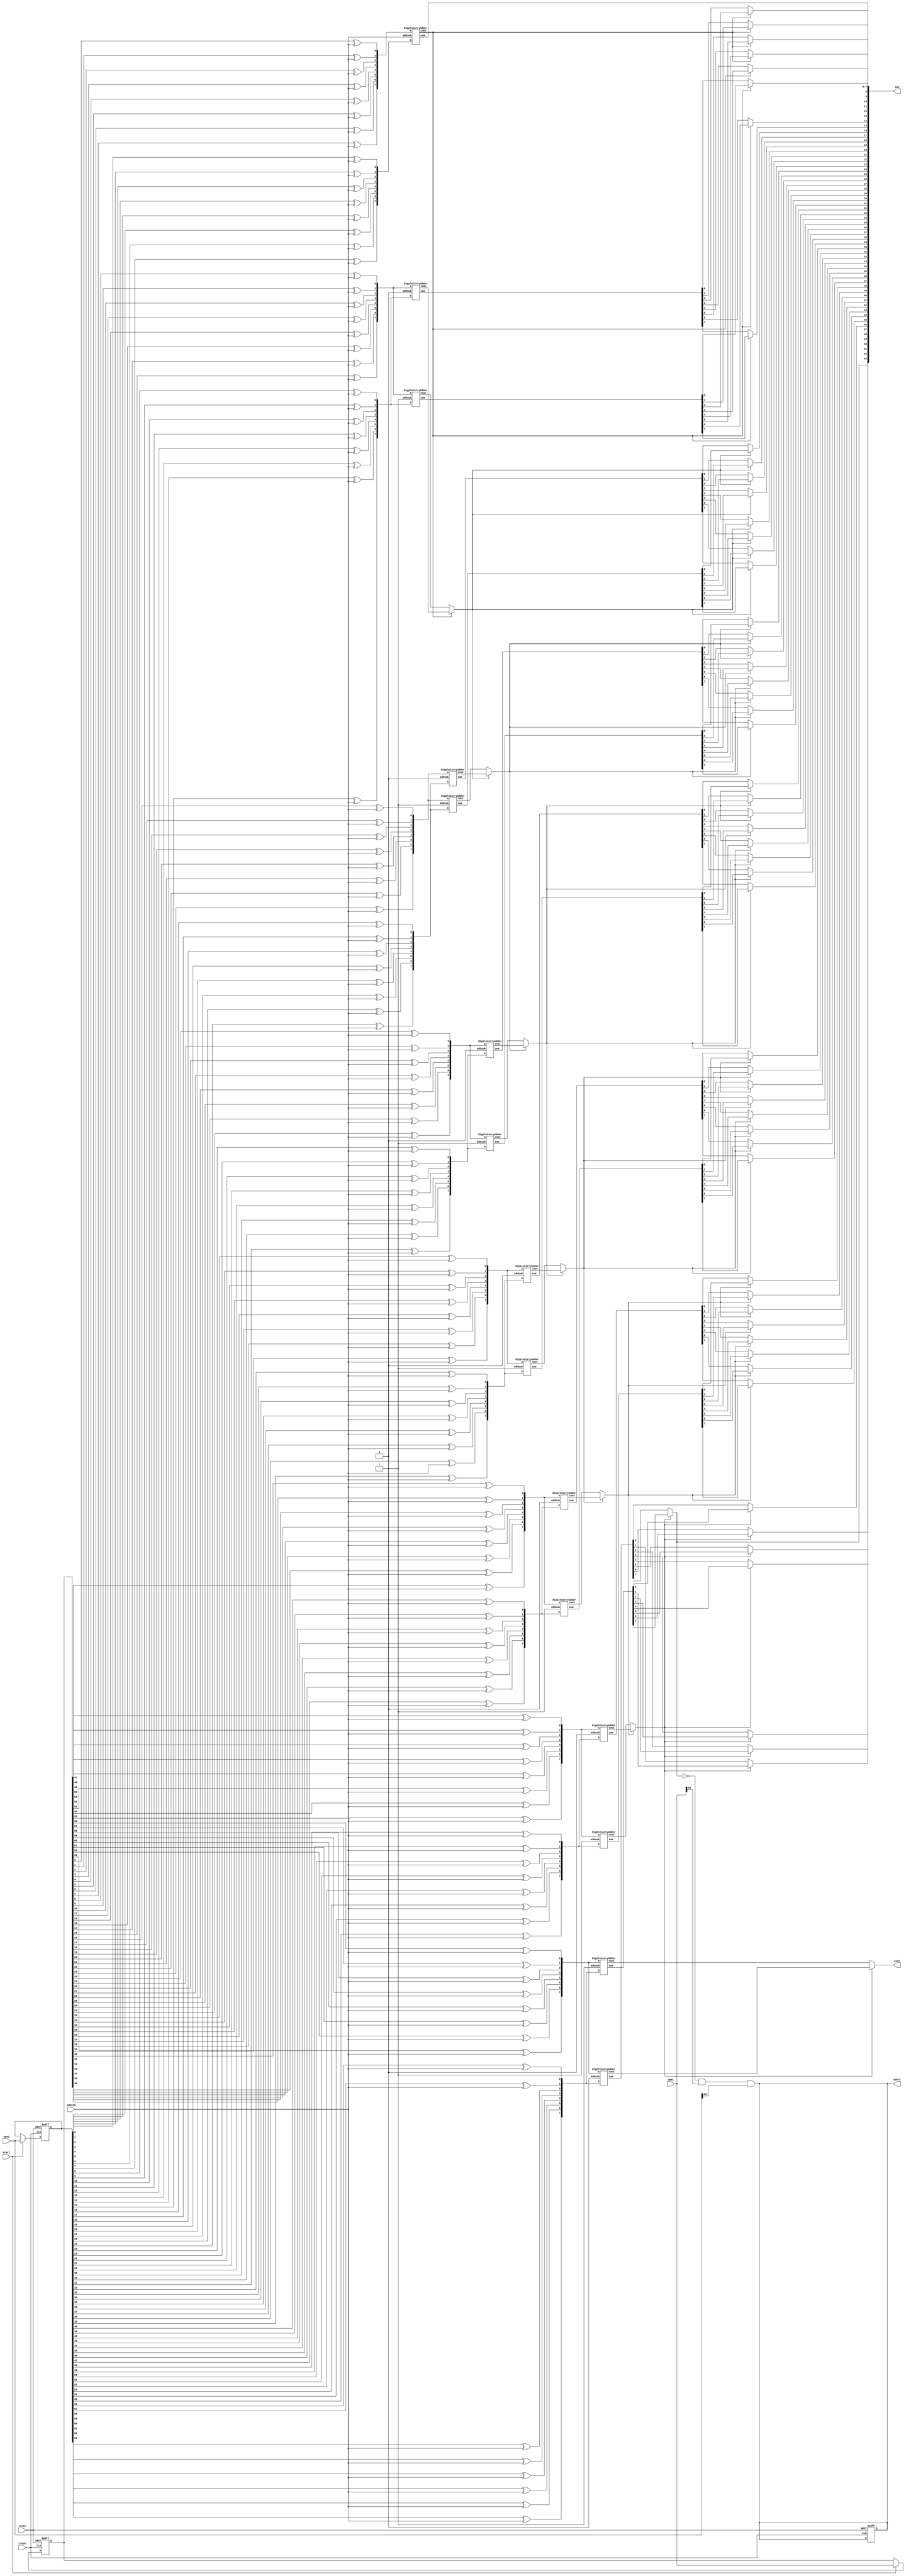
`timescale 1ns/1ns

module CarrySelect(ope1, ope2, addsub, sum, cout, clock, start, reset, overf); 

input [63:0] ope1, ope2;
wire [63:0] temp_ope1, temp_ope2;
reg [63:0] q1, q2;
input clock, start, reset;
input addsub;
output [63:0] sum;
output reg overf;
wire [63:0] sum1;
wire [63:0] sum2;
output  cout;
wire [6:0] cout_int;
wire [6:0] cout_int_zero;
wire [6:0] cout_int_one; 

wire overfwire;
wire overf1,overf2,sumcompliment,opecompliment1,opecompliment2;


assign overfwire = overf;

always @(posedge clock or negedge reset)

begin

if(!reset)
begin
q1[63:0]<= 0;
q2[63:0]<= 0;
overf<=0;
end

	else if (start)
	begin
	q1[63:0]<= ope1[63:0];
	q2[63:0]<= ope2[63:0];
	end
end


//Having a+b and a-b options  

//xor U3(out2,in1,in2,in3);

xor U0(temp_ope1[0] ,q1[0],addsub);
xor U1(temp_ope1[1] ,q1[1],addsub);
xor U2(temp_ope1[2] ,q1[2],addsub);
xor U3(temp_ope1[3] ,q1[3],addsub);
xor U4(temp_ope1[4] ,q1[4],addsub);
xor U5(temp_ope1[5] ,q1[5],addsub);
xor U6(temp_ope1[6] ,q1[6],addsub);
xor U7(temp_ope1[7] ,q1[7],addsub);

xor U8(temp_ope1[8] ,q1[8],addsub);
xor U9(temp_ope1[9] ,q1[9],addsub);
xor U10(temp_ope1[10] ,q1[10],addsub);
xor U11(temp_ope1[11] ,q1[11],addsub);
xor U12(temp_ope1[12] ,q1[12],addsub);
xor U13(temp_ope1[13] ,q1[13],addsub);
xor U14(temp_ope1[14] ,q1[14],addsub);
xor U15(temp_ope1[15] ,q1[15],addsub);

xor U16(temp_ope1[16] ,q1[16],addsub);
xor U17(temp_ope1[17] ,q1[17],addsub);
xor U18(temp_ope1[18] ,q1[18],addsub);
xor U19(temp_ope1[19] ,q1[19],addsub);
xor U20(temp_ope1[20] ,q1[20],addsub);
xor U21(temp_ope1[21] ,q1[21],addsub);
xor U22(temp_ope1[22] ,q1[22],addsub);
xor U23(temp_ope1[23] ,q1[23],addsub);

xor U24(temp_ope1[24] ,q1[24],addsub);
xor U25(temp_ope1[25] ,q1[25],addsub);
xor U26(temp_ope1[26] ,q1[26],addsub);
xor U27(temp_ope1[27] ,q1[27],addsub);
xor U28(temp_ope1[28] ,q1[28],addsub);
xor U29(temp_ope1[29] ,q1[29],addsub);
xor U30(temp_ope1[30] ,q1[30],addsub);
xor U31(temp_ope1[31] ,q1[31],addsub);

xor U32(temp_ope1[32] ,q1[32],addsub);
xor U33(temp_ope1[33] ,q1[33],addsub);
xor U34(temp_ope1[34] ,q1[34],addsub);
xor U35(temp_ope1[35] ,q1[35],addsub);
xor U36(temp_ope1[36] ,q1[36],addsub);
xor U37(temp_ope1[37] ,q1[37],addsub);
xor U38(temp_ope1[38] ,q1[38],addsub);
xor U39(temp_ope1[39] ,q1[39],addsub);

xor U40(temp_ope1[40] ,q1[40],addsub);
xor U41(temp_ope1[41] ,q1[41],addsub);
xor U42(temp_ope1[42] ,q1[42],addsub);
xor U43(temp_ope1[43] ,q1[43],addsub);
xor U44(temp_ope1[44] ,q1[44],addsub);
xor U45(temp_ope1[45] ,q1[45],addsub);
xor U46(temp_ope1[46] ,q1[46],addsub);
xor U47(temp_ope1[47] ,q1[47],addsub);

xor U48(temp_ope1[48] ,q1[48],addsub);
xor U49(temp_ope1[49] ,q1[49],addsub);
xor U50(temp_ope1[50] ,q1[50],addsub);
xor U51(temp_ope1[51] ,q1[51],addsub);
xor U52(temp_ope1[52] ,q1[52],addsub);
xor U53(temp_ope1[53] ,q1[53],addsub);
xor U54(temp_ope1[54] ,q1[54],addsub);
xor U55(temp_ope1[55] ,q1[55],addsub);

xor U56(temp_ope1[56] ,q1[56],addsub);
xor U57(temp_ope1[57] ,q1[57],addsub);
xor U58(temp_ope1[58] ,q1[58],addsub);
xor U59(temp_ope1[59] ,q1[59],addsub);
xor U60(temp_ope1[60] ,q1[60],addsub);
xor U61(temp_ope1[61] ,q1[61],addsub);
xor U62(temp_ope1[62] ,q1[62],addsub);
xor U63(temp_ope1[63] ,q1[63],addsub);

//************ second operand ************

//xor U3(out2,in1,in2,in3);

xor UU0(temp_ope2[0] ,q2[0],addsub);
xor UU1(temp_ope2[1] ,q2[1],addsub);
xor UU2(temp_ope2[2] ,q2[2],addsub);
xor UU3(temp_ope2[3] ,q2[3],addsub);
xor UU4(temp_ope2[4] ,q2[4],addsub);
xor UU5(temp_ope2[5] ,q2[5],addsub);
xor UU6(temp_ope2[6] ,q2[6],addsub);
xor UU7(temp_ope2[7] ,q2[7],addsub);

xor UU8(temp_ope2[8] ,q2[8],addsub);
xor UU9(temp_ope2[9] ,q2[9],addsub);
xor UU10(temp_ope2[10] ,q2[10],addsub);
xor UU11(temp_ope2[11] ,q2[11],addsub);
xor UU12(temp_ope2[12] ,q2[12],addsub);
xor UU13(temp_ope2[13] ,q2[13],addsub);
xor UU14(temp_ope2[14] ,q2[14],addsub);
xor UU15(temp_ope2[15] ,q2[15],addsub);

xor UU16(temp_ope2[16] ,q2[16],addsub);
xor UU17(temp_ope2[17] ,q2[17],addsub);
xor UU18(temp_ope2[18] ,q2[18],addsub);
xor UU19(temp_ope2[19] ,q2[19],addsub);
xor UU20(temp_ope2[20] ,q2[20],addsub);
xor UU21(temp_ope2[21] ,q2[21],addsub);
xor UU22(temp_ope2[22] ,q2[22],addsub);
xor UU23(temp_ope2[23] ,q2[23],addsub);

xor UU24(temp_ope2[24] ,q2[24],addsub);
xor UU25(temp_ope2[25] ,q2[25],addsub);
xor UU26(temp_ope2[26] ,q2[26],addsub);
xor UU27(temp_ope2[27] ,q2[27],addsub);
xor UU28(temp_ope2[28] ,q2[28],addsub);
xor UU29(temp_ope2[29] ,q2[29],addsub);
xor UU30(temp_ope2[30] ,q2[30],addsub);
xor UU31(temp_ope2[31] ,q2[31],addsub);

xor UU32(temp_ope2[32] ,q2[32],addsub);
xor UU33(temp_ope2[33] ,q2[33],addsub);
xor UU34(temp_ope2[34] ,q2[34],addsub);
xor UU35(temp_ope2[35] ,q2[35],addsub);
xor UU36(temp_ope2[36] ,q2[36],addsub);
xor UU37(temp_ope2[37] ,q2[37],addsub);
xor UU38(temp_ope2[38] ,q2[38],addsub);
xor UU39(temp_ope2[39] ,q2[39],addsub);

xor UU40(temp_ope2[40] ,q2[40],addsub);
xor UU41(temp_ope2[41] ,q2[41],addsub);
xor UU42(temp_ope2[42] ,q2[42],addsub);
xor UU43(temp_ope2[43] ,q2[43],addsub);
xor UU44(temp_ope2[44] ,q2[44],addsub);
xor UU45(temp_ope2[45] ,q2[45],addsub);
xor UU46(temp_ope2[46] ,q2[46],addsub);
xor UU47(temp_ope2[47] ,q2[47],addsub);

xor UU48(temp_ope2[48] ,q2[48],addsub);
xor UU49(temp_ope2[49] ,q2[49],addsub);
xor UU50(temp_ope2[50] ,q2[50],addsub);
xor UU51(temp_ope2[51] ,q2[51],addsub);
xor UU52(temp_ope2[52] ,q2[52],addsub);
xor UU53(temp_ope2[53] ,q2[53],addsub);
xor UU54(temp_ope2[54] ,q2[54],addsub);
xor UU55(temp_ope2[55] ,q2[55],addsub);

xor UU56(temp_ope2[56] ,q2[56],addsub);
xor UU57(temp_ope2[57] ,q2[57],addsub);
xor UU58(temp_ope2[58] ,q2[58],addsub);
xor UU59(temp_ope2[59] ,q2[59],addsub);
xor UU60(temp_ope2[60] ,q2[60],addsub);
xor UU61(temp_ope2[61] ,q2[61],addsub);
xor UU62(temp_ope2[62] ,q2[62],addsub);
xor UU63(temp_ope2[63] ,q2[63],addsub);

RippleCarryAdder RA1 (temp_ope1[7:0], temp_ope2[7:0], addsub, sum[7:0], cout_int[0]);
RippleCarryAdder RA2 (temp_ope1[15:8], temp_ope2[15:8], 1'b0, sum2[15:8], cout_int_zero[0]);
RippleCarryAdder RA3 (temp_ope1[15:8], temp_ope2[15:8], 1'b1, sum1[15:8], cout_int_one[0]);

RippleCarryAdder RA4 (temp_ope1[23:16], temp_ope2[23:16], 1'b0, sum2[23:16], cout_int_zero[1]);
RippleCarryAdder RA5 (temp_ope1[23:16], temp_ope2[23:16], 1'b1, sum1[23:16], cout_int_one[1]);

RippleCarryAdder RA6 (temp_ope1[31:24], temp_ope2[31:24], 1'b0, sum2[31:24], cout_int_zero[2]);
RippleCarryAdder RA7 (temp_ope1[31:24], temp_ope2[31:24], 1'b1, sum1[31:24], cout_int_one[2]);

RippleCarryAdder RA8 (temp_ope1[39:32], temp_ope2[39:32], 1'b0, sum2[39:32], cout_int_zero[3]);
RippleCarryAdder RA9 (temp_ope1[39:32], temp_ope2[39:32], 1'b1, sum1[39:32], cout_int_one[3]);

RippleCarryAdder RA10 (temp_ope1[47:40], temp_ope2[47:40], 1'b0, sum2[47:40], cout_int_zero[4]);
RippleCarryAdder RA11 (temp_ope1[47:40], temp_ope2[47:40], 1'b1, sum1[47:40], cout_int_one[4]);

RippleCarryAdder RA12 (temp_ope1[55:48], temp_ope2[55:48], 1'b0, sum2[55:48], cout_int_zero[5]);
RippleCarryAdder RA13 (temp_ope1[55:48], temp_ope2[55:48], 1'b1, sum1[55:48], cout_int_one[5]);

RippleCarryAdder RA14 (temp_ope1[63:56], temp_ope2[63:56], 1'b0, sum2[63:56], cout_int_zero[6]);
RippleCarryAdder RA15 (temp_ope1[63:56], temp_ope2[63:56], 1'b1, sum1[63:56], cout_int_one[6]);

assign sum[8]  = cout_int[0] ? sum1[8]:  sum2[8];
assign sum[9]  = cout_int[0] ? sum1[9]:  sum2[9];
assign sum[10] = cout_int[0] ? sum1[10]: sum2[10];
assign sum[11] = cout_int[0] ? sum1[11]: sum2[11];
assign sum[12] = cout_int[0] ? sum1[12]: sum2[12];
assign sum[13] = cout_int[0] ? sum1[13]: sum2[13];
assign sum[14] = cout_int[0] ? sum1[14]: sum2[14];
assign sum[15] = cout_int[0] ? sum1[15]: sum2[15];
assign cout_int[1] = cout_int[0] ? cout_int_zero[0]: cout_int_one[0];

assign sum[16] = cout_int[1] ? sum1[16]: sum2[16];
assign sum[17] = cout_int[1] ? sum1[17]: sum2[17];
assign sum[18] = cout_int[1] ? sum1[18]: sum2[18];
assign sum[19] = cout_int[1] ? sum1[19]: sum2[19];
assign sum[20] = cout_int[1] ? sum1[20]: sum2[20];
assign sum[21] = cout_int[1] ? sum1[21]: sum2[21];
assign sum[22] = cout_int[1] ? sum1[22]: sum2[22];
assign sum[23] = cout_int[1] ? sum1[23]: sum2[23];
assign cout_int[2] = cout_int[1] ? cout_int_zero[1]: cout_int_one[1];

assign sum[24] = cout_int[2] ? sum1[24]: sum2[24];
assign sum[25] = cout_int[2] ? sum1[25]: sum2[25];
assign sum[26] = cout_int[2] ? sum1[26]: sum2[26];
assign sum[27] = cout_int[2] ? sum1[27]: sum2[27];
assign sum[28] = cout_int[2] ? sum1[28]: sum2[28];
assign sum[29] = cout_int[2] ? sum1[29]: sum2[29];
assign sum[30] = cout_int[2] ? sum1[30]: sum2[30];
assign sum[31] = cout_int[2] ? sum1[31]: sum2[31];
assign cout_int[3] = cout_int[2] ? cout_int_zero[2]: cout_int_one[2];

assign sum[32] = cout_int[3] ? sum1[32]: sum2[32];
assign sum[33] = cout_int[3] ? sum1[33]: sum2[33];
assign sum[34] = cout_int[3] ? sum1[34]: sum2[34];
assign sum[35] = cout_int[3] ? sum1[35]: sum2[35];
assign sum[36] = cout_int[3] ? sum1[36]: sum2[36];
assign sum[37] = cout_int[3] ? sum1[37]: sum2[37];
assign sum[38] = cout_int[3] ? sum1[38]: sum2[38];
assign sum[39] = cout_int[3] ? sum1[39]: sum2[39];
assign cout_int[4] = cout_int[3] ? cout_int_zero[3]: cout_int_one[3];

assign sum[40] = cout_int[4] ? sum1[40]: sum2[40];
assign sum[41] = cout_int[4] ? sum1[41]: sum2[41];
assign sum[42] = cout_int[4] ? sum1[42]: sum2[42];
assign sum[43] = cout_int[4] ? sum1[43]: sum2[43];
assign sum[44] = cout_int[4] ? sum1[44]: sum2[44];
assign sum[45] = cout_int[4] ? sum1[45]: sum2[45];
assign sum[46] = cout_int[4] ? sum1[46]: sum2[46];
assign sum[47] = cout_int[4] ? sum1[47]: sum2[47];
assign cout_int[5] = cout_int[4] ? cout_int_zero[4]: cout_int_one[4];

assign sum[48] = cout_int[5] ? sum1[48]: sum2[48];
assign sum[49] = cout_int[5] ? sum1[49]: sum2[49];
assign sum[50] = cout_int[5] ? sum1[50]: sum2[50];
assign sum[51] = cout_int[5] ? sum1[51]: sum2[51];
assign sum[52] = cout_int[5] ? sum1[52]: sum2[52];
assign sum[53] = cout_int[5] ? sum1[53]: sum2[53];
assign sum[54] = cout_int[5] ? sum1[54]: sum2[54];
assign sum[55] = cout_int[5] ? sum1[55]: sum2[55];
assign cout_int[6] = cout_int[5] ? cout_int_zero[5]: cout_int_one[5];

assign sum[56] = cout_int[6] ? sum1[56]: sum2[56];
assign sum[57] = cout_int[6] ? sum1[57]: sum2[57];
assign sum[58] = cout_int[6] ? sum1[58]: sum2[58];
assign sum[59] = cout_int[6] ? sum1[59]: sum2[59];
assign sum[60] = cout_int[6] ? sum1[60]: sum2[60];
assign sum[61] = cout_int[6] ? sum1[61]: sum2[61];
assign sum[62] = cout_int[6] ? sum1[62]: sum2[62];
assign sum[63] = cout_int[6] ? sum1[63]: sum2[63];
assign cout = cout_int[6] ? cout_int_zero[6]: cout_int_one[6];

and overflow1(overf1, sumcompliment ,ope1[63],ope2[63]);
and overflow2(overf2, sumcompliment ,ope1[63],ope2[63]);
or overflow3(overfwire, overf1 ,overf2);

not n1(sumcompliment, sum[63]);
not n2(opecompliment1, ope1[63]);
not n3(opecompliment2, ope2[63]);



endmodule

//************************************************************************************************

module RippleCarryAdder(a, b, addsub, sum, cout);
input [7:0] a,b;
input addsub;
output [7:0] sum;
output cout;
wire [6:0] c;

fulladder fa0 (.a(a[0]), .b(b[0]), .addsub(addsub),  .sum(sum[0]), .cout(c[0]));
fulladder fa1 (.a(a[1]), .b(b[1]), .addsub(c[0]), .sum(sum[1]), .cout(c[1]));
fulladder fa2 (.a(a[2]), .b(b[2]), .addsub(c[1]), .sum(sum[2]), .cout(c[2]));
fulladder fa3 (.a(a[3]), .b(b[3]), .addsub(c[2]), .sum(sum[3]), .cout(c[3]));
fulladder fa4 (.a(a[4]), .b(b[4]), .addsub(c[3]), .sum(sum[4]), .cout(c[4]));
fulladder fa5 (.a(a[5]), .b(b[5]), .addsub(c[4]), .sum(sum[5]), .cout(c[5]));
fulladder fa6 (.a(a[6]), .b(b[6]), .addsub(c[5]), .sum(sum[6]), .cout(c[6]));
fulladder fa7 (.a(a[7]), .b(b[7]), .addsub(c[6]), .sum(sum[7]), .cout(cout));

// cout(cout) will go to MUX series to select SUM and Carry from Block 1
endmodule


//************************************************************************************************

module fulladder(a, b, addsub, sum, cout);

input a, b, addsub;
output sum, cout; 
wire x,y,z;

	assign x= a ^ b;
	assign sum=x  ^ addsub;
	assign y= x & addsub;
	assign z= a & b;
	assign cout = y | z;

endmodule


//*************** TestBench Carry Select Adder *************************************************
 

module CarrySelectTB();


reg [63:0] a,b;
reg addsub, start=1'b0, reset=1'b0;
wire [63:0] sum; 
wire cout;
reg clock=1'b1;
wire overf;
always #1 clock=~clock;

CarrySelect inst1(a, b, addsub, sum, cout, clock, start, reset , overf);



initial begin
	$dumpfile ("ripple.vcd");
	$dumpvars (0);
$monitor("a=%d, b=%d , addsub=%d , sum=%d, cout=%d", a, b, addsub, sum, cout);
  
	a = 64'hffff_ffff_ffff_ffff;	b = 64'hf000_0000_1000_0001;	addsub = 1'b0; reset = 1'b0; start = 1'b0;
	#1 start = 1'b1; #1 start = 1'b0; #1 start = 1'b1; #1 start = 1'b0;	
	#1 reset = 1'b1; #1 reset = 1'b1; #1 reset = 1'b1;
	#5;
	
	a = 64'hFFFF_FFFF_FFFF_FFFF;	b = 64'hFFFF_FFFF_FFFF_FFFF;	addsub = 1'b0; reset = 1'b1; start = 1'b1;
	#1 start = 1'b1; #1 start = 1'b0; #1 start = 1'b1; #1 start = 1'b0;	
	#5;
	
	a = 64'h0000_0000_ffff_ffff;	b = 64'h0000_0000_1000_0001;	addsub = 1'b1; reset = 1'b1; start = 1'b1;
	#1 start = 1'b1; #1 start = 1'b0; #1 start = 1'b0;
	#5;

	a = 64'h0000_0000_ffff_ffff;	b = 64'h0000_0000_0000_0001;	addsub = 1'b1; reset = 1'b1; start = 1'b1;
	#1 start = 1'b1; #1 start = 1'b0; #1 start = 1'b1; #1 start = 1'b0;	
	#5;

	a = 64'h0010_0000_abcd_ffff;	b = 64'h0000_0000_0000_0001;	addsub = 1'b1; reset = 1'b1; start = 1'b1;
	#1 start = 1'b1; #1 start = 1'b0; #1 start = 1'b1; #1 start = 1'b0;	
	#5;

/*
a = 64'hffff_0000_ffdf_ffff;	b = 64'h888f_ffff_ffff_ffff;	addsub = 1'b0; reset = 1'b0; start = 1'b1;

	#12;

	a = 64'hffff_aaaa_ffff_ffff;	b = 64'hffff_ffff_ffff_ffff;	addsub = 1'b0; reset = 1'b1; start = 1'b1;

	#10;

FFFF_FFFF_FFFF_FFFF	FFFFFFFFFFFFFFFF
00000000FFFFFFFF	0000000000000001
FFFFAAAAFFFFFFFF	5432123445789622
00000000aaa77704	0099330022002233

*/


 $finish();	
end

endmodule